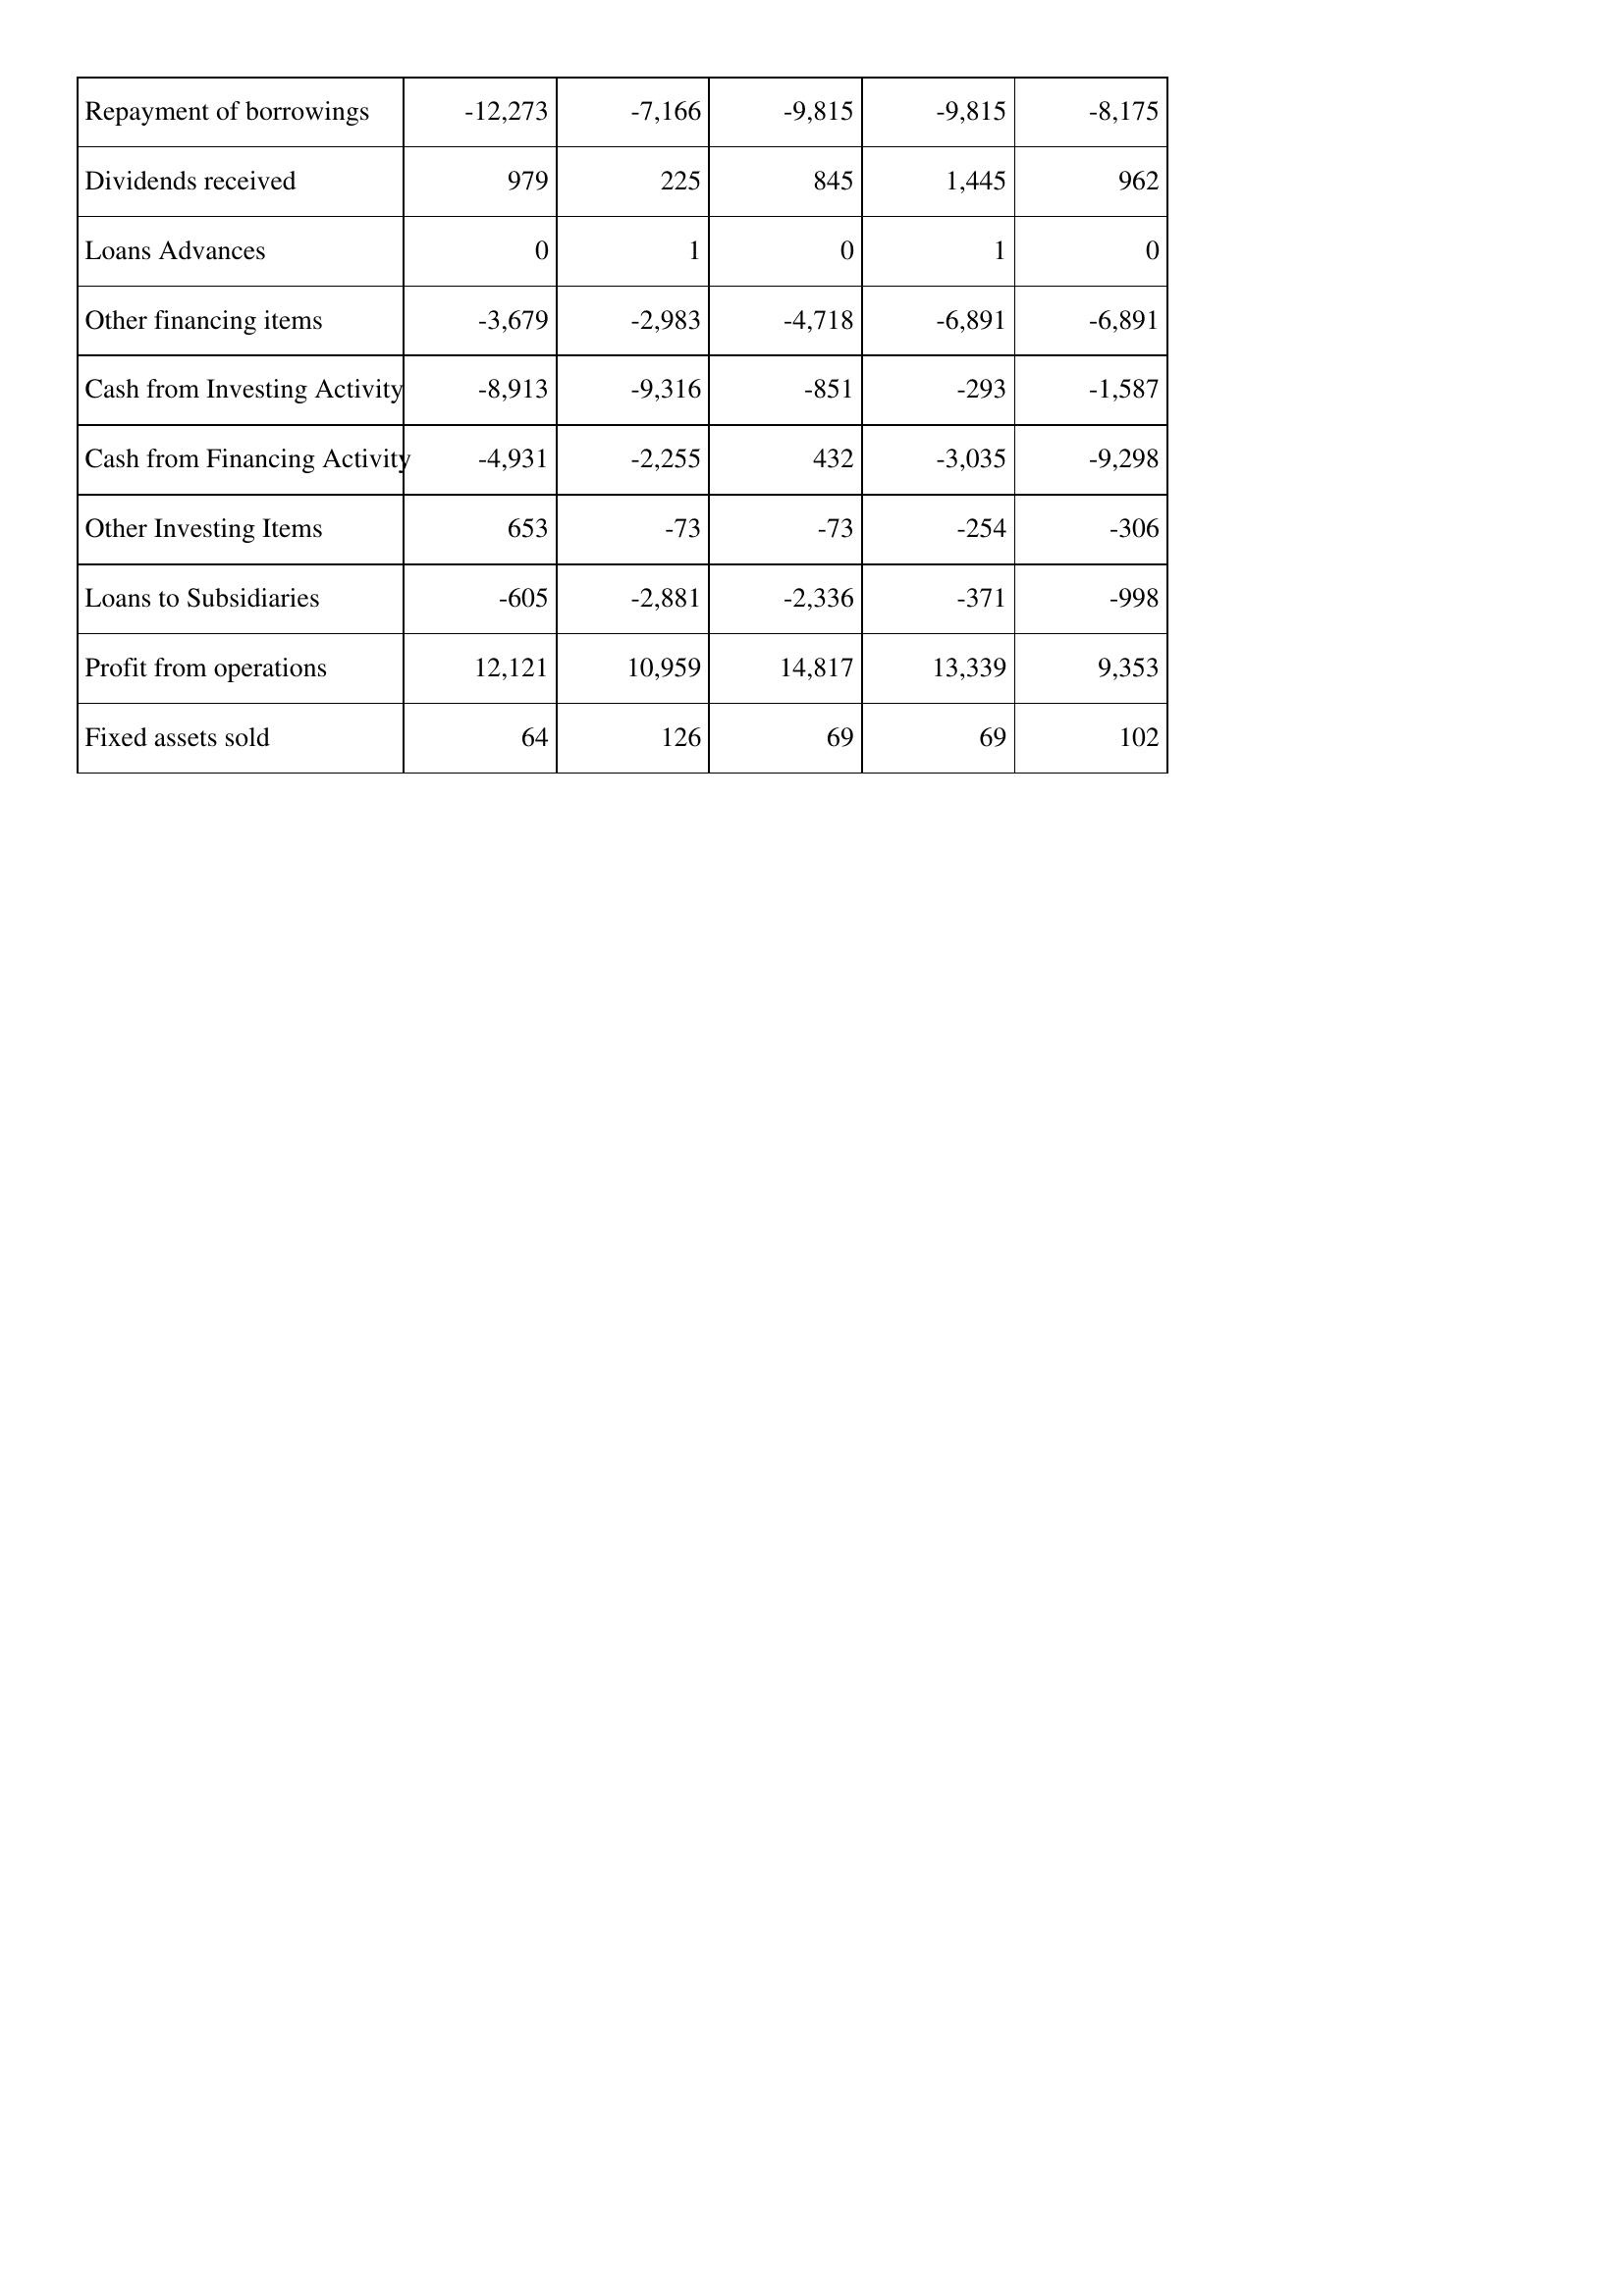
Mar-09: Cash Flows: Repayment of borrowings: -12,273
Dividends received: 979
Loans Advances: 0
Other financing items: -3,679
Cash from Investing Activity: -8,913
Cash from Financing Activity: -4,931
Other Investing Items: 653
Loans to Subsidiaries: -605
Profit from operations: 12,121
Fixed assets sold: 64
Mar-08: Cash Flows: Repayment of borrowings: -7,166
Dividends received: 225
Loans Advances: 1
Other financing items: -2,983
Cash from Investing Activity: -9,316
Cash from Financing Activity: -2,255
Other Investing Items: -73
Loans to Subsidiaries: -2,881
Profit from operations: 10,959
Fixed assets sold: 126
Mar-07: Cash Flows: Repayment of borrowings: -9,815
Dividends received: 845
Loans Advances: 0
Other financing items: -4,718
Cash from Investing Activity: -851
Cash from Financing Activity: 432
Other Investing Items: -73
Loans to Subsidiaries: -2,336
Profit from operations: 14,817
Fixed assets sold: 69
Mar-06: Cash Flows: Repayment of borrowings: -9,815
Dividends received: 1,445
Loans Advances: 1
Other financing items: -6,891
Cash from Investing Activity: -293
Cash from Financing Activity: -3,035
Other Investing Items: -254
Loans to Subsidiaries: -371
Profit from operations: 13,339
Fixed assets sold: 69
Mar-05: Cash Flows: Repayment of borrowings: -8,175
Dividends received: 962
Loans Advances: 0
Other financing items: -6,891
Cash from Investing Activity: -1,587
Cash from Financing Activity: -9,298
Other Investing Items: -306
Loans to Subsidiaries: -998
Profit from operations: 9,353
Fixed assets sold: 102